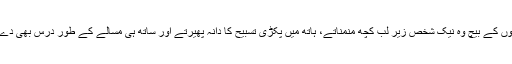
اب گناہ گاروں کے بیچ وہ نیک شخص زیر لب کچھ منمناتے، ہاتھ میں پکڑی تسبیح کا دانہ پھیرتے اور ساتھ ہی مسالے کے طور درس بھی دے رہے تھے۔